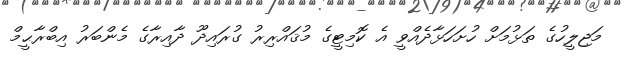
މަޖިލީހުގެ ތަޅުމަށް ހުށަހަޅާދެއްވީ އެ ކޮމިޓީގެ މުޤައްރިރު ގުރައިދޫ ދާއިރާގެ މެންބަރު އިބްރާޙީމް